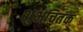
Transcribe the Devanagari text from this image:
शुभचितंक